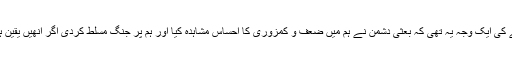
رہبر معظم انقلاب اسلامی نے فرمایا: ہم پر آٹھ سال تک جنگ مسلط کرنے کی ایک وجہ یہ تھی کہ بعثی دشمن نے ہم میں ضعف و کمزوری کا احساس مشاہدہ کیا اور ہم پر جنگ مسلط کردی اگر انھیں یقین ہوتا کہ وہ تہران تک نہیں پہنچ پائیں گے تو وہ ہم پر جنگ مسلط نہ کرتے۔